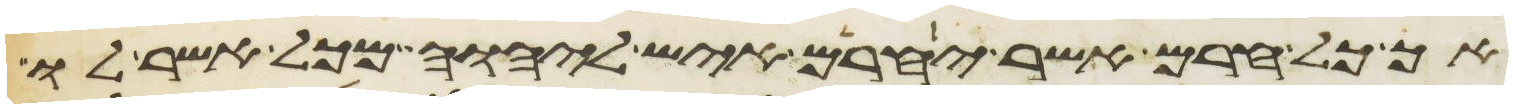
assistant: אך כל חרם אשר יחרם איש ליהוה מכל אשר לו